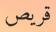
قريص